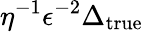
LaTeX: \eta^{-1}\epsilon^{-2}\Delta_{\textup{true}}